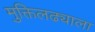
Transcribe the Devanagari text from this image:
मुक्तिलढ्याला